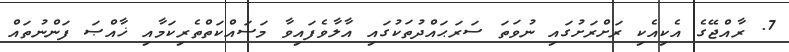
7. ރާއްޖޭގެ އެކިއެކި ރަށްރަށުގައި ނުވަތަ ސަރަޙައްދުތަކުގައި އާލާވެފައިވާ މަސައްކަތްތެރިކަމާއި ޚާއްޞަ ފަންނުތައް